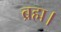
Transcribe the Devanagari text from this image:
ब्रह्म।